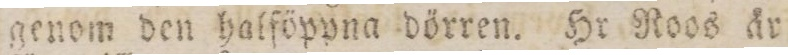
genom den halföppna dörren. Hr Roos år